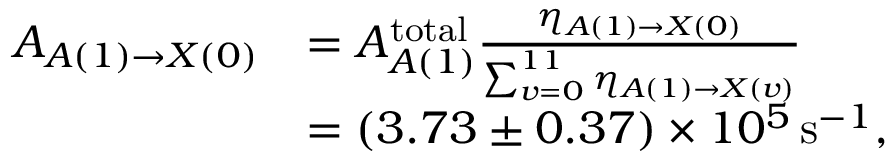
\begin{array} { r l } { A _ { A ( 1 ) \rightarrow X ( 0 ) } } & { = A _ { A ( 1 ) } ^ { \mathrm { t o t a l } } \frac { \ensuremath { \eta } _ { A ( 1 ) \rightarrow X ( 0 ) } } { \sum _ { v = 0 } ^ { 1 1 } \ensuremath { \eta } _ { A ( 1 ) \rightarrow X ( v ) } } } \\ & { = ( 3 . 7 3 \pm 0 . 3 7 ) \times 1 0 ^ { 5 } \, \mathrm { s } ^ { - 1 } , } \end{array}